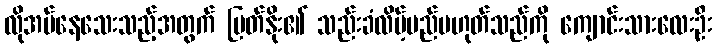
လိုအပ်နေသေးသည့်အတွက် မြတ်နိုး၏ သည်းခံလိမ့်မည်မဟုတ်သည်ကို ကျောင်းသားလေးဦး